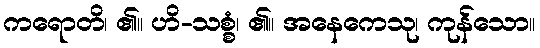
ကရောတိ၊ ၏။ ဟိ-သစ္စံ၊ ၏။ အနေကေသု၊ ကုန်သော။